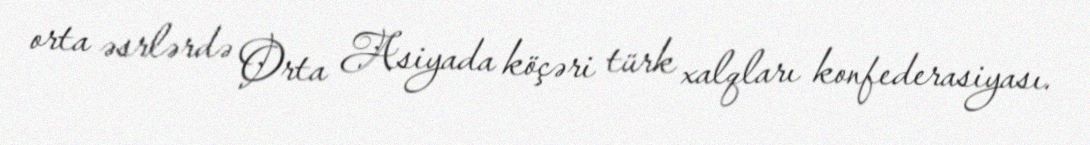
orta əsrlərdə Orta Asiyada köçəri türk xalqları konfederasiyası.